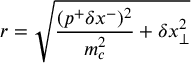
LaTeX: r = \sqrt { \frac { ( p ^ { + } \delta x ^ { - } ) ^ { 2 } } { m _ { c } ^ { 2 } } + \delta x _ { \bot } ^ { 2 } }